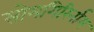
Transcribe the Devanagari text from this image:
सोमगिरिर्नाम